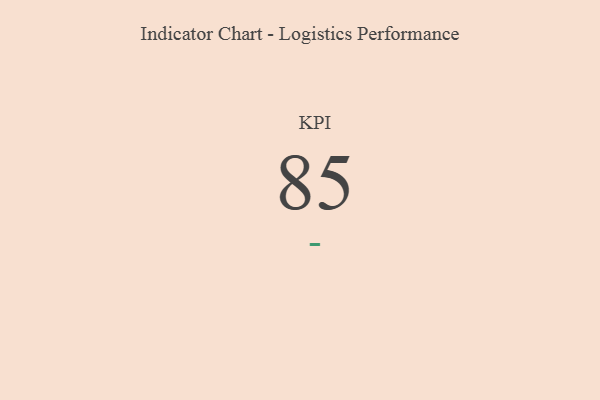
{"axis": {"x": "KPI", "y": "Value"}, "legend": [""], "data": [{"x": "KPI", "y": 85, "type": ""}]}